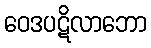
ဝေဒပဋိလာဘော